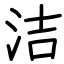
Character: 洁